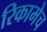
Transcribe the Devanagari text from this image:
रिकामेच